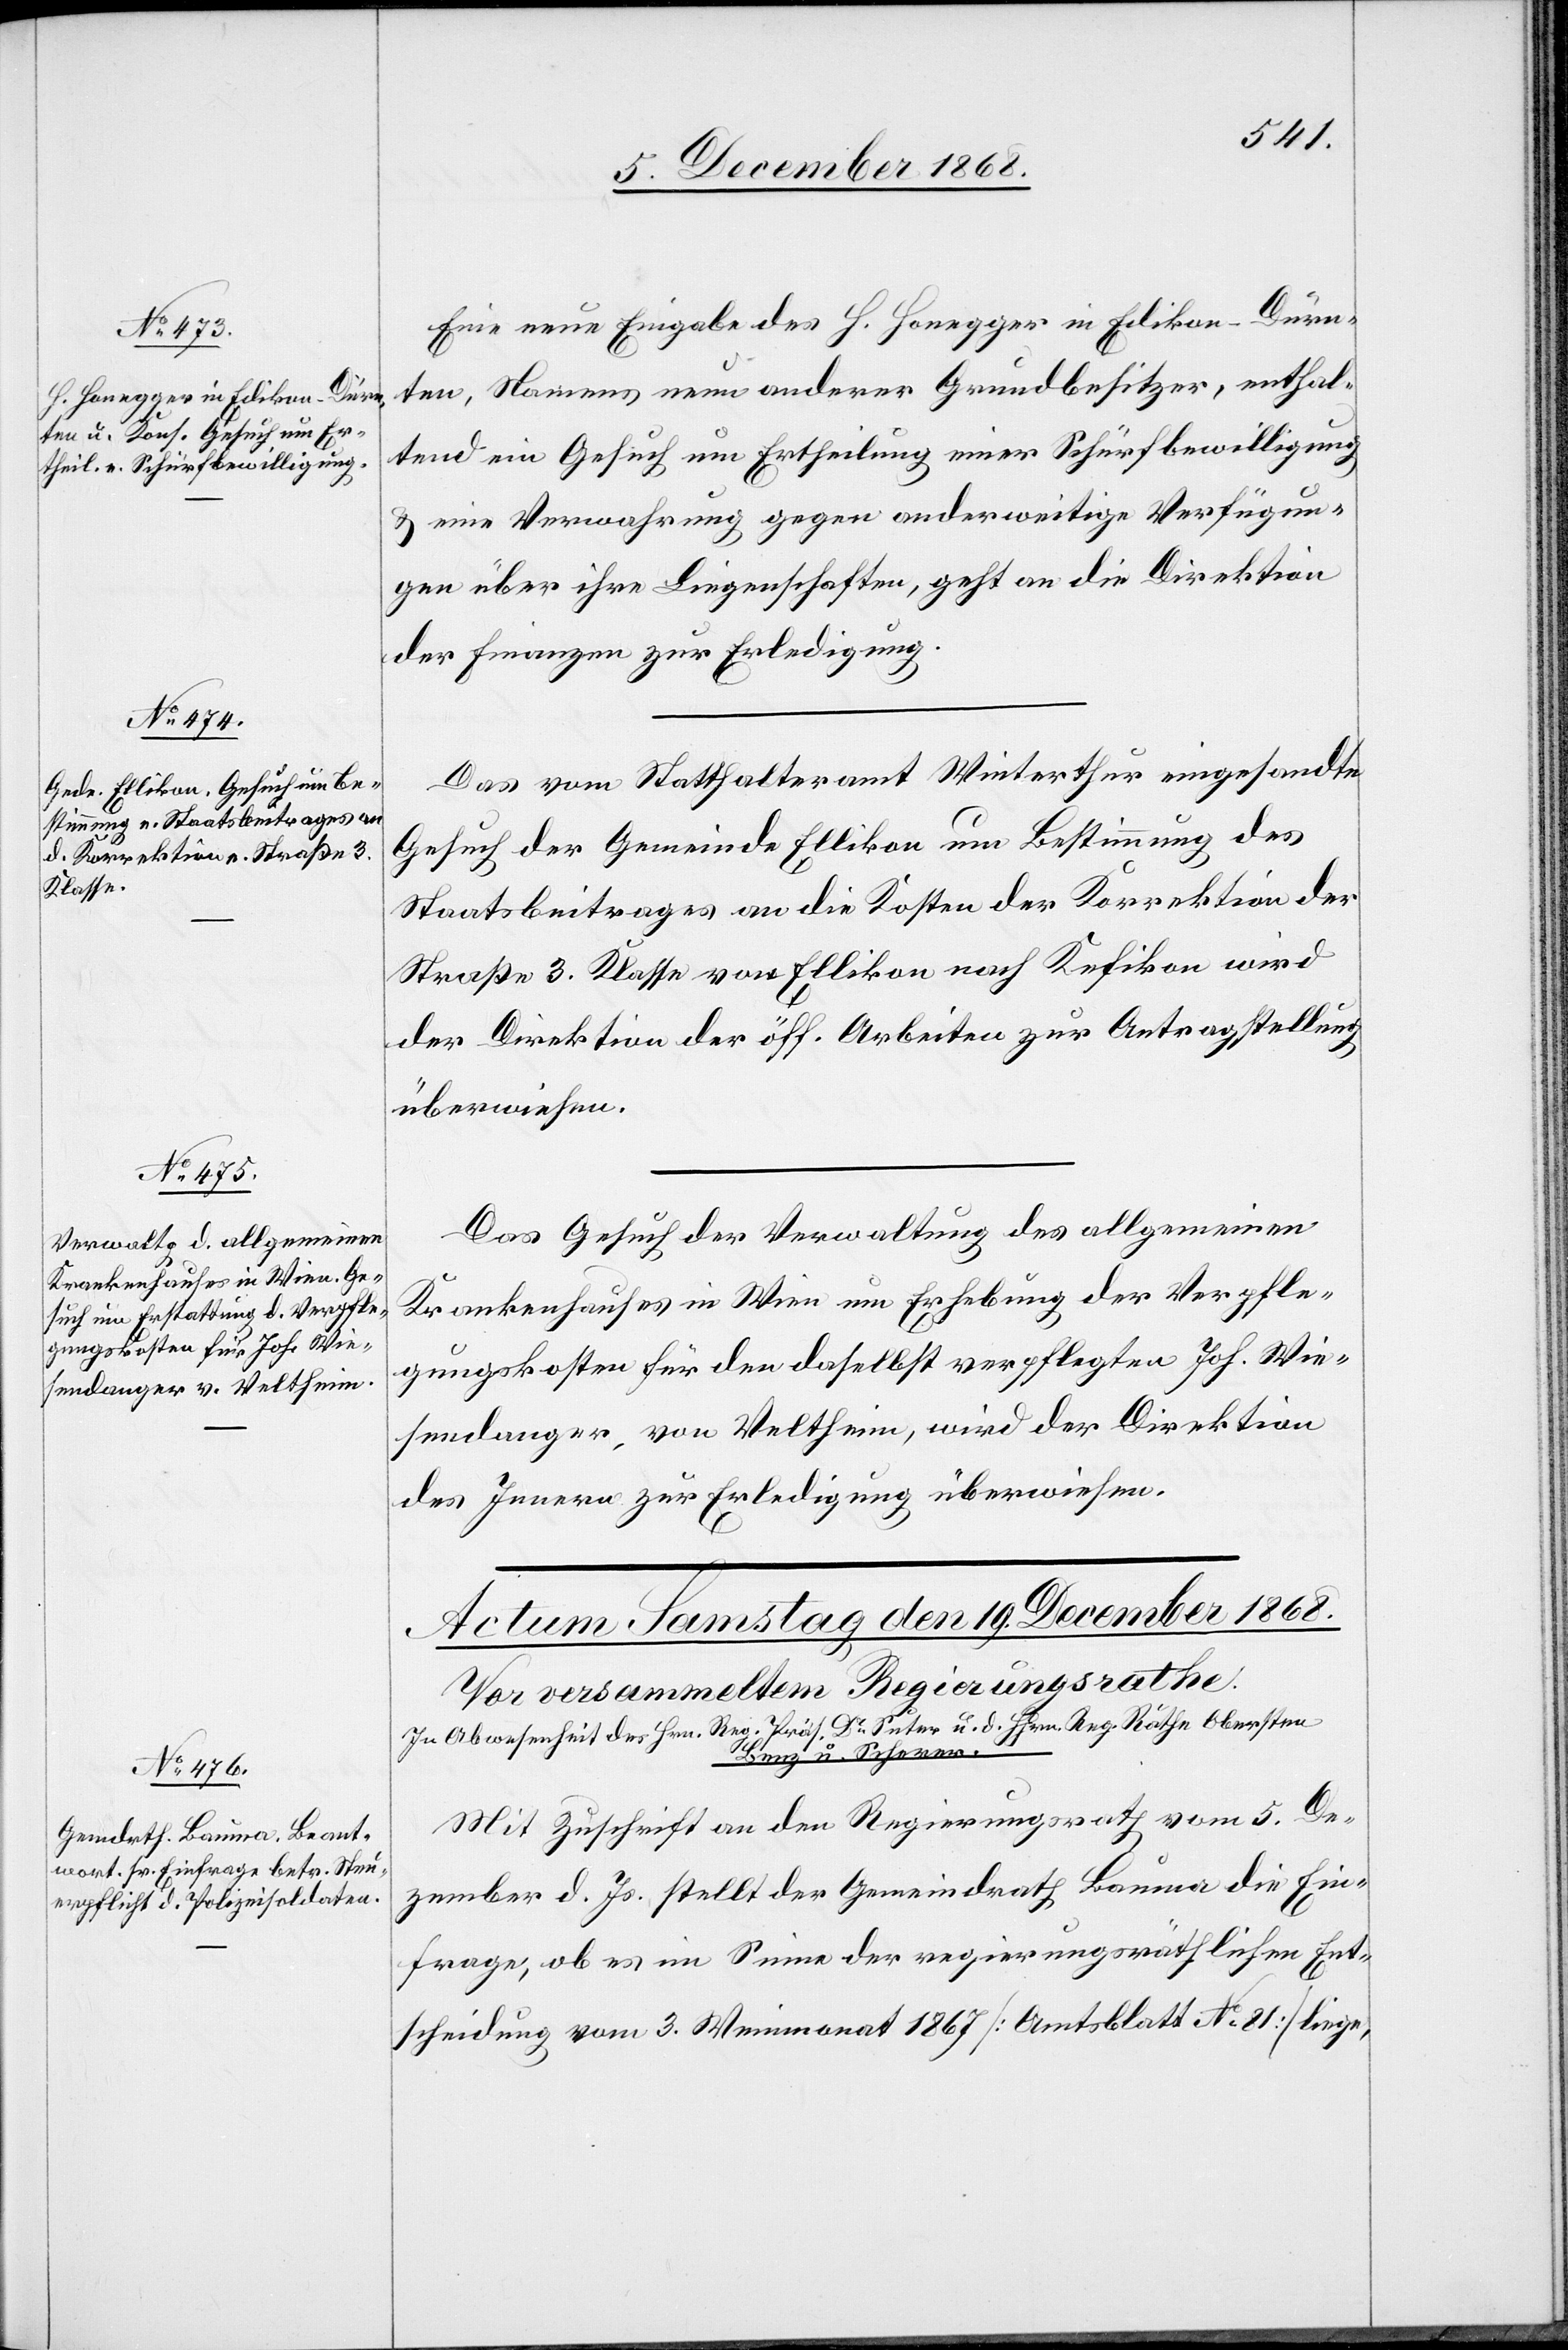
18. December 1868.]
Eine neue Eingabe des H. Honegger in Edikon - Dürn¬
ten, Namens neun anderer Grundbesitzer, enthal¬
tend ein Gesuch um Ertheilung einer Schürfbewilligung
& eine Verwahrung gegen anderweitige Verfügun¬
gen über ihre Liegenschaften, geht an die Direktion
der Finanzen zur Erledigung.
Das vom Statthalteramt Winterthur eingesandte
Gesuch der Gemeinde Ellikon um Bestimmung des
Staatsbeitrages an die Kosten der Korrektion der
Straße 3. Klasse von Ellikon nach Kefikon wird
der Direktion der öff. Arbeiten zur Antragstellung
überwiesen.
Das Gesuch der Verwaltung des allgemeinen
Krankenhauses in Wien um Erhebung der Verpfle¬
gungskosten für den daselbst verpflegten Joh. Wie¬
sendanger, von Veltheim, wird der Direktion
des Innern zur Erledigung überwiesen.
Mit Zuschrift an den Regierungsrath vom 5. De¬
zember d. Js. stellt der Gemeindrath Bauma die Ein¬
frage, ob es im Sinne der regierungsräthlichen Ent¬
scheidung vom 3. Weinmonat 1867 [Amtsblatt No 81] liege,